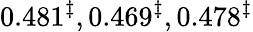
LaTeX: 0.481^{\ddagger},0.469^{\ddagger},0.478^{\ddagger}